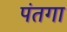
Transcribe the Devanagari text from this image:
पंतगा